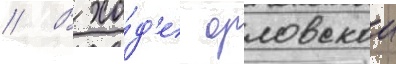
// В хо́д'е орловскои